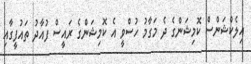
އިލެކްޝަންސް ކޮމިޝަންގެ ދެ މަގާމު ހުސްވީ އެ ކޮމިޝަންގެ ރައީސް ފުއާދު ތައުފީގާއި